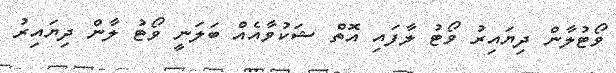
ވޯޓުލާން ދިޔައިރު ވޯޓު ލާފައި އޮތް ޝަކުވާއެއް ބަލަނީ ވޯޓު ލާން ދިޔައިރު